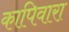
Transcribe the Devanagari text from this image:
कापिवारा